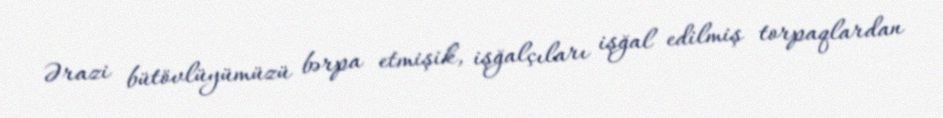
Ərazi bütövlüyümüzü bərpa etmişik, işğalçıları işğal edilmiş torpaqlardan